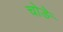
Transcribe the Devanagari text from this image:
चोङे